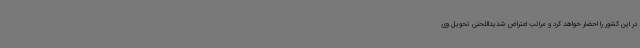
در این کشور را احضار خواهد کرد و مراتب اعتراض شدیداللحنی تحویل وی